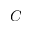
C